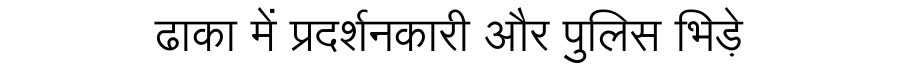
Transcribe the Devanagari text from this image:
ढाका में प्रदर्शनकारी और पुलिस भिड़े